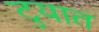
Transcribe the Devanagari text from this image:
टुयात